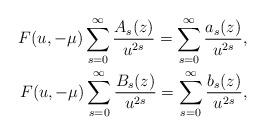
LaTeX: \begin{align*}F(u,-\mu)\sum_{s=0}^\infty \frac{A_s(z)}{u^{2s}} = \sum_{s=0}^\infty \frac{a_s(z)}{u^{2s}},\\F(u,-\mu)\sum_{s=0}^\infty \frac{B_s(z)}{u^{2s}} = \sum_{s=0}^\infty \frac{b_s(z)}{u^{2s}},\end{align*}